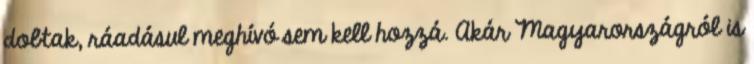
dobtak, ráadásul meghívó sem kell hozzá. Akár Magyarországról is